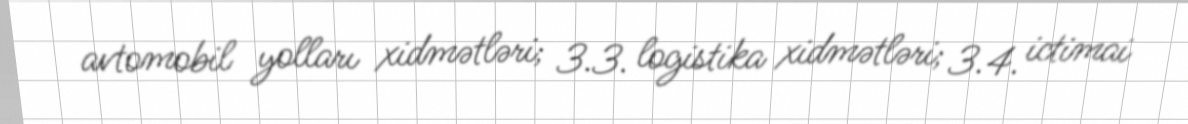
avtomobil yolları xidmətləri; 3.3. logistika xidmətləri; 3.4. ictimai